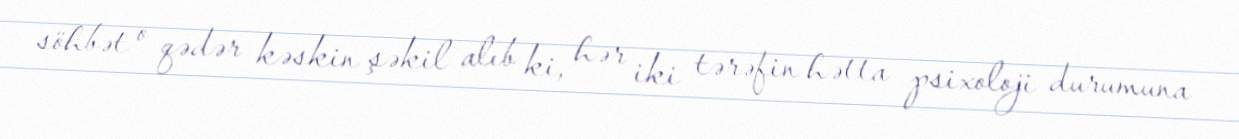
söhbət o qədər kəskin şəkil alıb ki, hər iki tərəfin hətta psixoloji durumuna